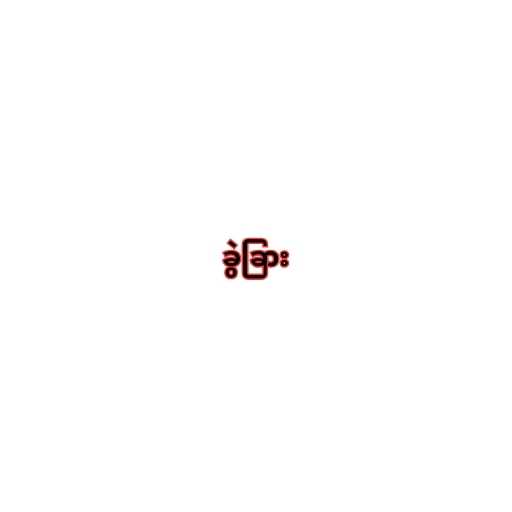
ခွဲခြား